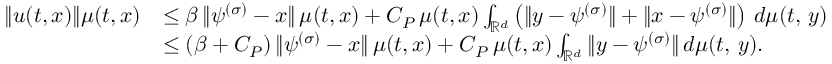
\begin{array} { r l } { \| u ( t , x ) \| \mu ( t , x ) } & { \leq \beta \, \| \psi ^ { ( \sigma ) } - x \| \, \mu ( t , x ) + C _ { P } \, \mu ( t , x ) \int _ { \mathbb { R } ^ { d } } \left( \| y - \psi ^ { ( \sigma ) } \| + \| x - \psi ^ { ( \sigma ) } \| \right) \, d \mu ( t , \, y ) } \\ & { \leq ( \beta + C _ { P } ) \, \| \psi ^ { ( \sigma ) } - x \| \, \mu ( t , x ) + C _ { P } \, \mu ( t , x ) \int _ { \mathbb { R } ^ { d } } \| y - \psi ^ { ( \sigma ) } \| \, d \mu ( t , \, y ) . } \end{array}